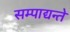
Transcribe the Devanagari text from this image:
सम्पाद्यन्ते